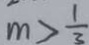
m > \frac { 1 } { 3 }